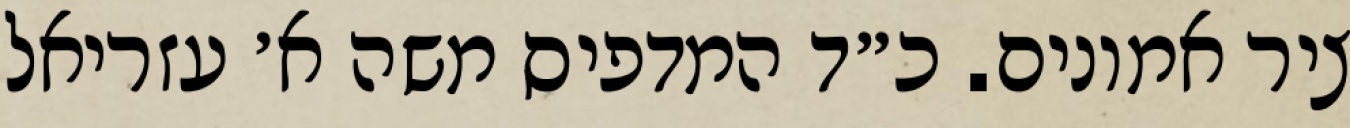
ציר אמונים. כ״ד המדפיס משה א׳ עזריאל